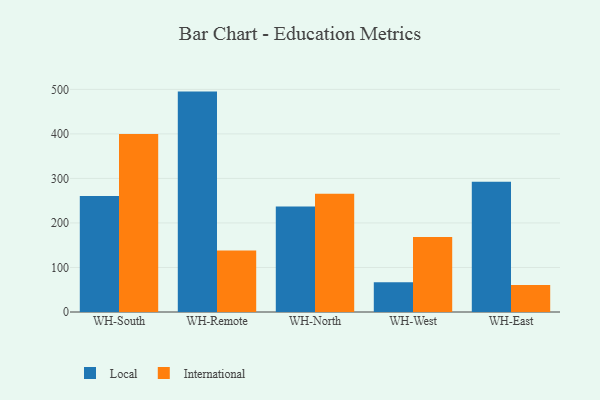
{"axis": {"x": "Warehouse", "y": "Operating Costs (USD K)"}, "legend": ["International", "Local"], "data": [{"x": "WH-South", "y": 260.4, "type": "Local"}, {"x": "WH-South", "y": 400.0, "type": "International"}, {"x": "WH-Remote", "y": 495.0, "type": "Local"}, {"x": "WH-Remote", "y": 138.2, "type": "International"}, {"x": "WH-North", "y": 236.7, "type": "Local"}, {"x": "WH-North", "y": 265.6, "type": "International"}, {"x": "WH-West", "y": 66.6, "type": "Local"}, {"x": "WH-West", "y": 168.6, "type": "International"}, {"x": "WH-East", "y": 292.6, "type": "Local"}, {"x": "WH-East", "y": 60.5, "type": "International"}]}